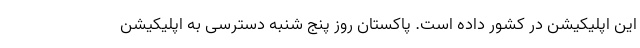
این اپلیکیشن در کشور داده است. پاکستان روز پنج شنبه دسترسی به اپلیکیشن